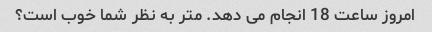
امروز ساعت 18 انجام می دهد. متر به نظر شما خوب است؟